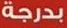
بدرجة